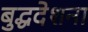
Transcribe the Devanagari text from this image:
बुद्धदेशना